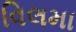
વિલમા